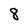
Character: 8